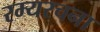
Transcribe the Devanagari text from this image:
रम्यरचना